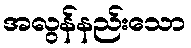
အလွန်နည်းသော